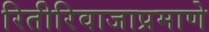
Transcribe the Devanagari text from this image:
रितीरिवाजाप्रमाणे